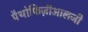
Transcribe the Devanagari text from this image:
पैथोफिज़ीआलजी